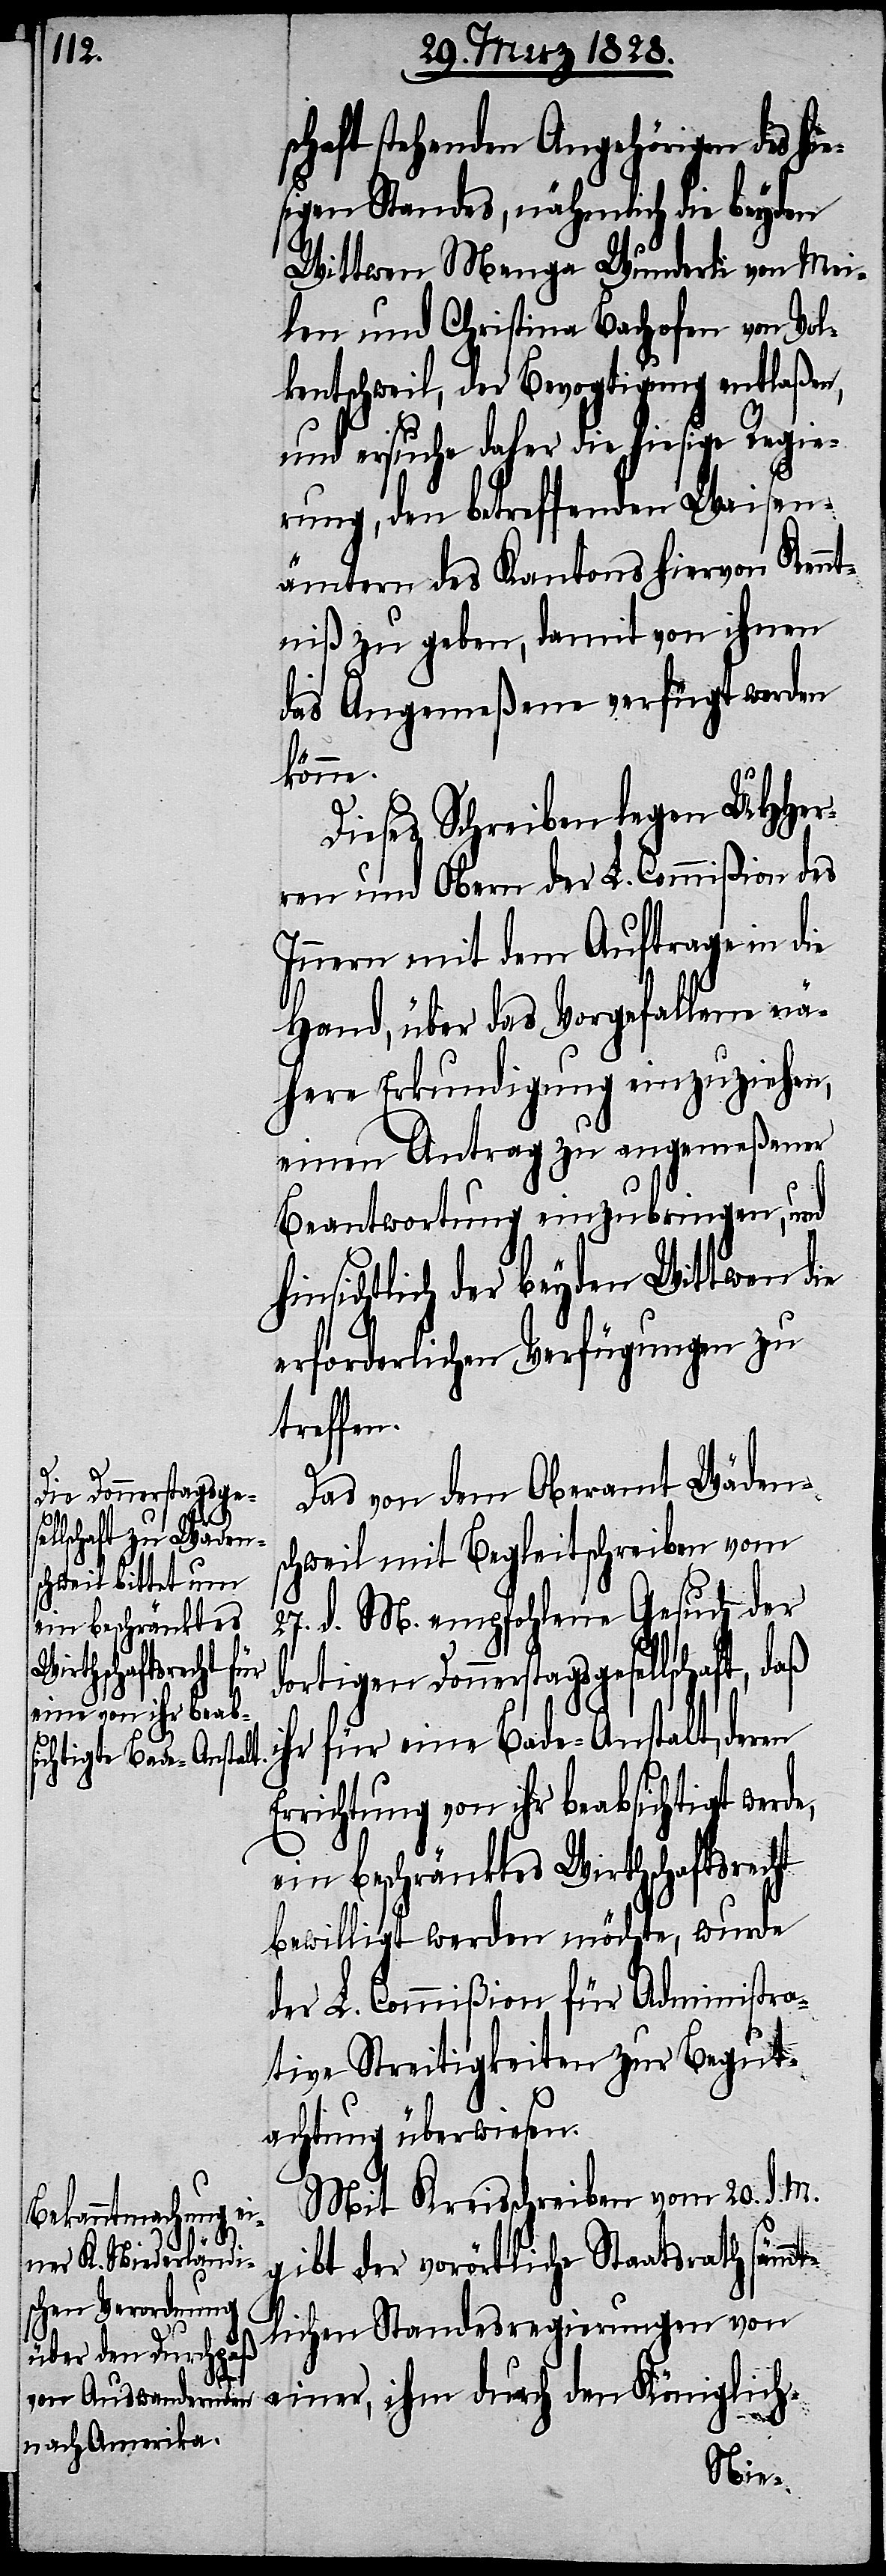
Er¬

schaft stehenden Angehörigen des hi¬
sigen Standes, nähmlich die beyden
Wittwen Menga Wunderli von Mei¬
len und Christina Bachofen von Vol¬
kentschweil, der Bevogtigung entlaßen,
und ersuche daher die hiesige Regie¬
rung, den betreffenden Waisen¬
ämtern des Kantons hiervon Kennt¬
niß zu geben, damit von ihnen
das Angemeßene verfügt werden
könne.
Dieses Schreiben legen UHHer¬
ren und Obern der L. Commißion des
Innern mit dem Auftrage in die
Hand, über das Vorgefallene nä¬
here Erkundigung einzuziehen,
einen Antrag zu angemeßener
Beantwortung einzubringen, und
hinsichtlich der beyden Wittwen die
erforderlichen Verfügungen zu
treffen.
Das von dem Oberamt Wädens¬
chweil mit Begleitschreiben vom
27. d. M. empfohlene Gesuch der
dortigen Donnerstagsgesellschaft, daß
ihr für eine Bade-Anstalt, deren
richtung von ihr beabsichtigt werd¬
ein beschränktes Wirtschaftsrecht
bewilligt werden möchte, wurde
der L. Commißion für Administra¬
tive Streitigkeiten zur Begut¬
achtung überwiesen.
Mit Kreisschreiben vom 20. d. M.
gibt der vorörtliche Staatsrath sämmt¬
lichen Standesregierungen von
einer, ihm durch den Königlich-
e,